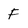
Character: F